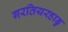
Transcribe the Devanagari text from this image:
गरतियरहाडु